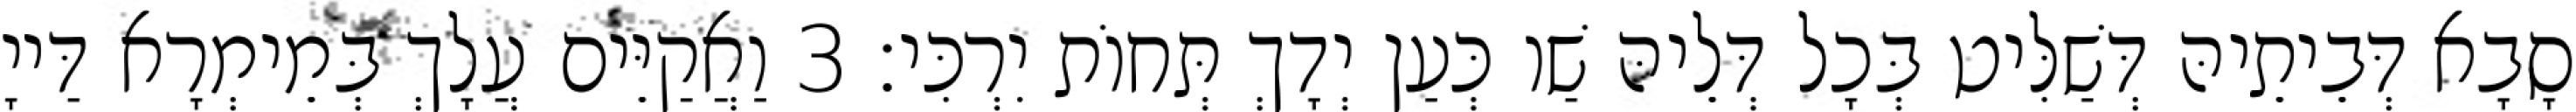
סָבָא דְּבֵיתֵיהּ דְּשַׁלִּיט בְּכָל דְּלֵיהּ שַׁו כְּעַן יְדָךְ תְּחוֹת יִרְכִּי׃ 3 וַאֲקַיֵּים עֲלָךְ בְּמֵימְרָא דַּייָ